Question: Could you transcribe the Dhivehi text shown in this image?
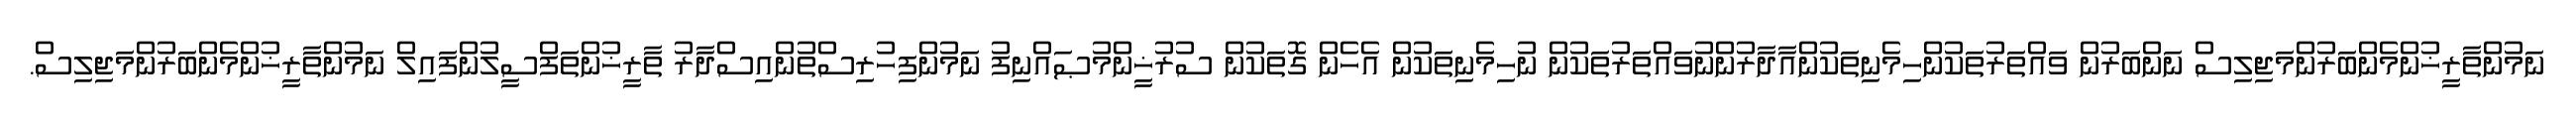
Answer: ނަމުންތާރީޚުންމެންބަރުންމަޖިލިސް ނަންބަރުން ވައްތަރުތަކުންހިމެނިތަކުންއާދާރުންނުވައްތަރުތަކުން ނުހިމެނިތަކުން އެހެން ގޮތަކުން ސުރުޚީންމުޞައްނިފު ނަމުންފިހުރިސްތުންއިސްދާރު ތާރީޚުންތަފްސީލުންފައިލް ނަމުންތާރީޚުންމެންބަރުންމަޖިލިސް.